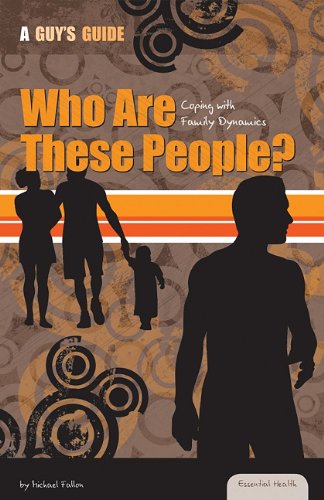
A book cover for Who Are These People?: Coping with Family Dynamics (Essential Health: A Guy's Guide); Michael Fallon; Teen & Young Adult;